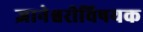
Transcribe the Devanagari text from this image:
ज्ञानेश्वरीविषयक